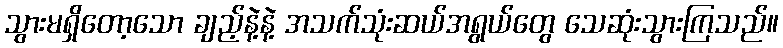
သွားမရှိတော့သော ချည့်နဲ့နဲ့ အသက်သုံးဆယ်အရွယ်တွေ သေဆုံးသွားကြသည်။